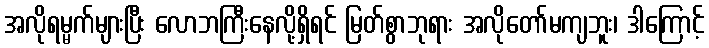
အလိုရမ္မက်များပြီး လောဘကြီးနေလို့ရှိရင် မြတ်စွာဘုရား အလိုတော်မကျဘူး၊ ဒါကြောင့်